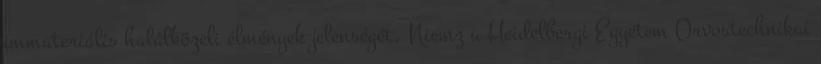
immateriális halálközeli élmények jelenségét. Niemz a Heidelbergi Egyetem Orvostechnikai